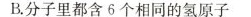
B.分子里都含6个相同的氢原子